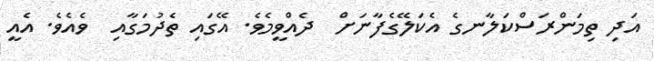
އަދި ތިމަންރަސްކަލާނގެ އެކަލޭގެފާނަށް  ދެއްވީމެވެ. އޭގައި ތެދުމަގާއި  ވެއެވެ. އެއީ